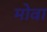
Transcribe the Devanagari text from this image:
मोवा